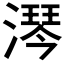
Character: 𣾔